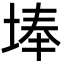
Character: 埲